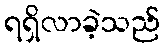
ရရှိလာခဲ့သည်